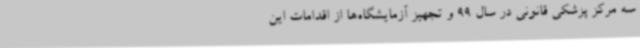
سه مرکز پزشکی قانونی در سال 99 و تجهیز آزمایشگاه‌ها از اقدامات این